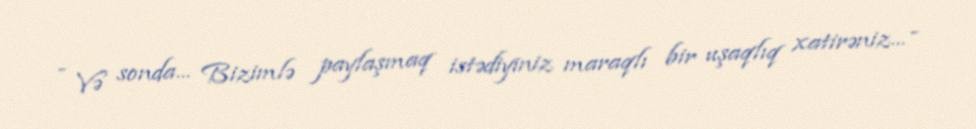
- Və sonda... Bizimlə paylaşmaq istədiyiniz maraqlı bir uşaqlıq xatirəniz... -